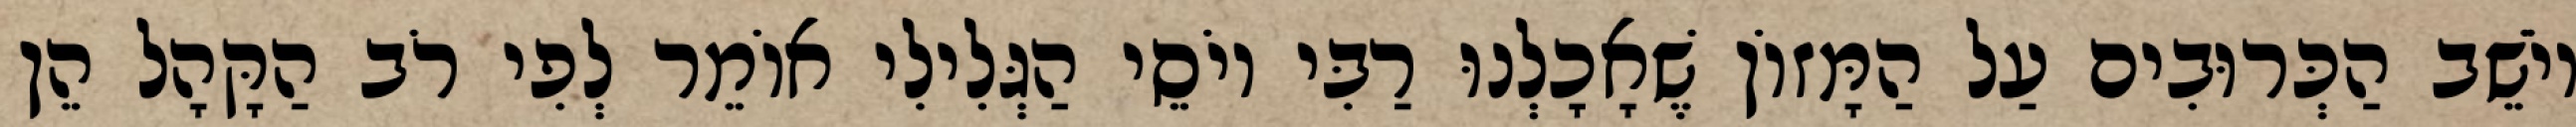
יוֹשֵׁב הַכְּרוּבִים עַל הַמָּזוֹן שֶׁאָכָלְנוּ רַבִּי יוֹסֵי הַגְּלִילִי אוֹמֵר לְפִי רֹב הַקָּהָל הֵן